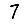
Digit: 7